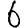
Digit: 6